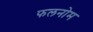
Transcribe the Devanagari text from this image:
फलनोम